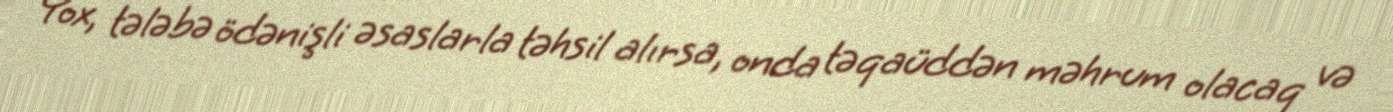
Yox, tələbə ödənişli əsaslarla təhsil alırsa, onda təqaüddən məhrum olacaq və